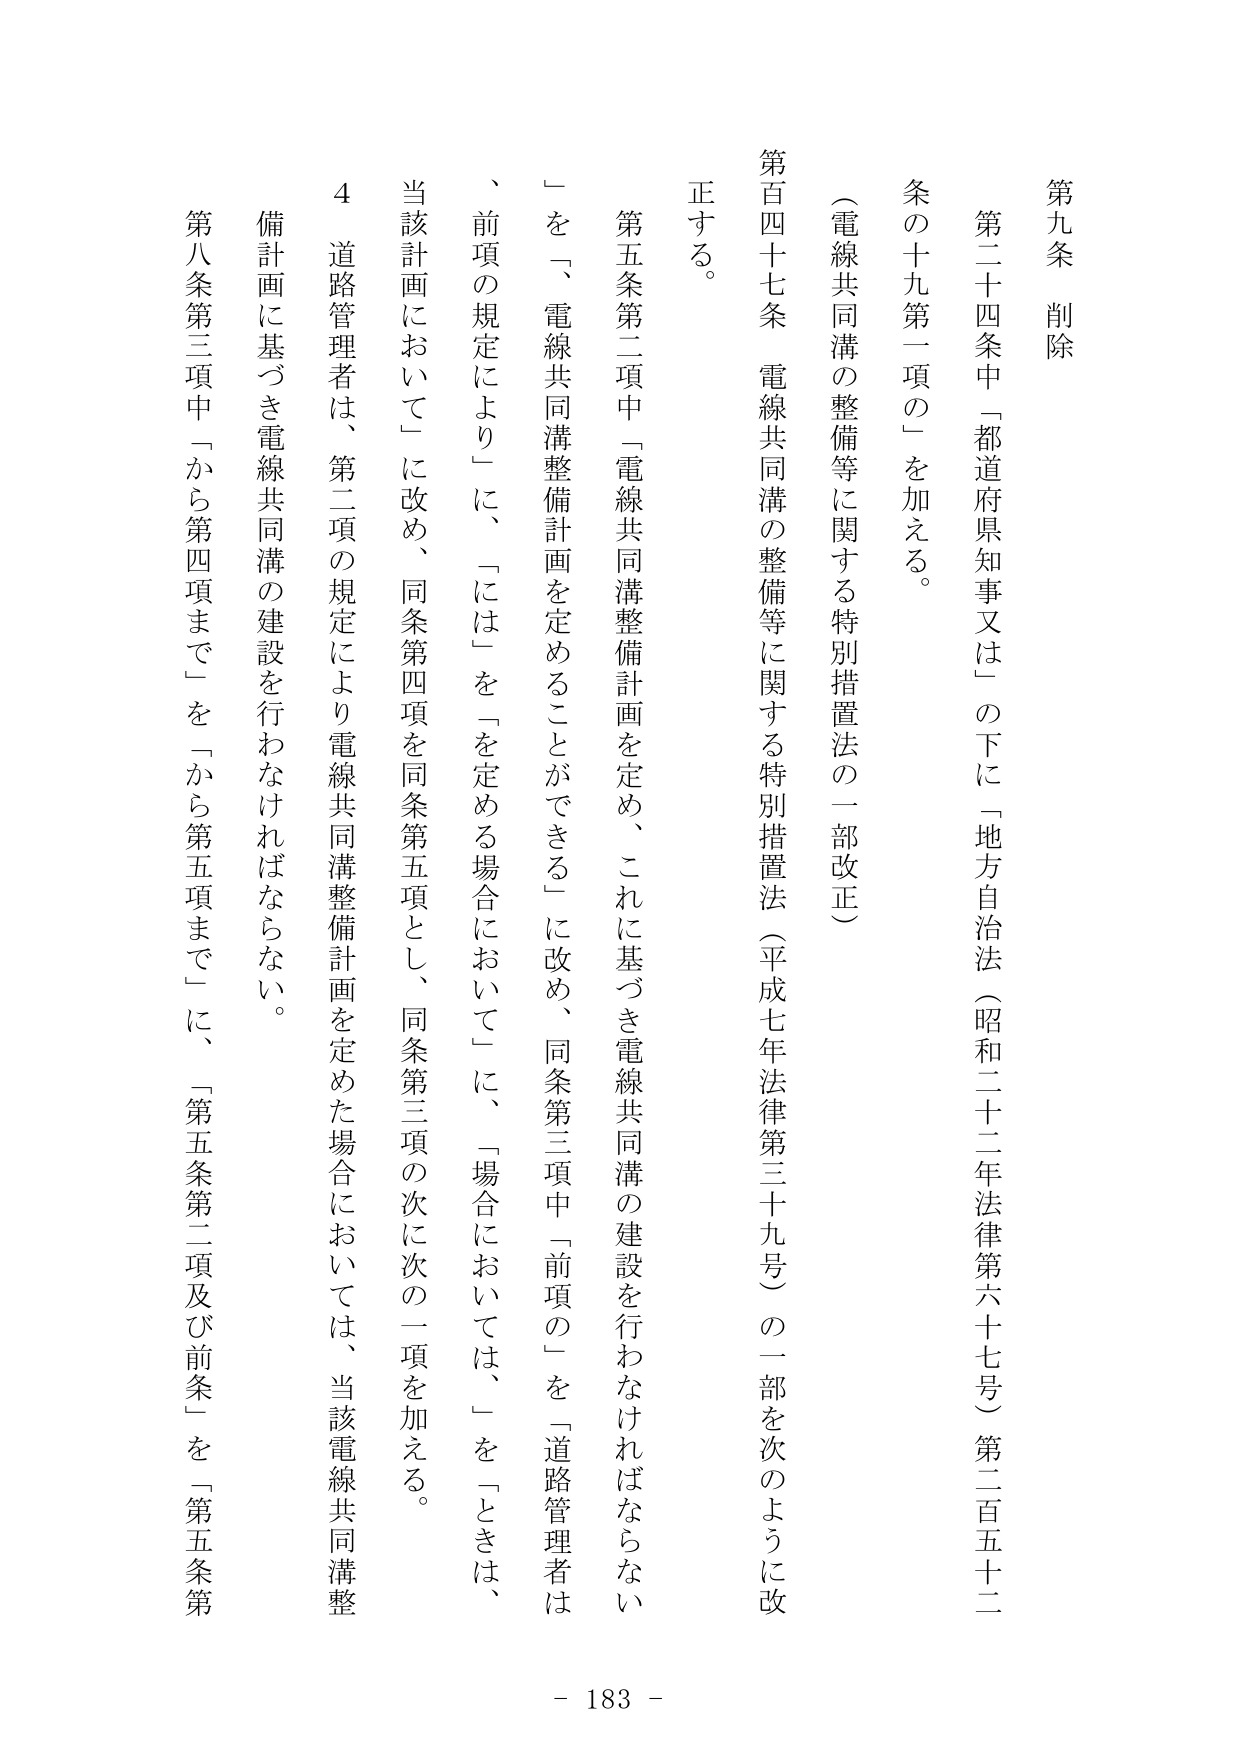
第九条 削除

第二十四条中「都道府県知事又は」の下に「地方自治法（昭和二十二年法律第六十七号）第二百五十二条の十九第一項の」を加える。

（電線共同溝の整備等に関する特別措置法の一部改正）

第百四十七条 電線共同溝の整備等に関する特別措置法（平成七年法律第三十九号）の一部を次のように改正する。

第五条第二項中「電線共同溝整備計画を定め、これに基づき電線共同溝の建設を行わなければならない」を「電線共同溝整備計画を定めることができる」に改め、同条第三項中「前項の」を「道路管理者は、前項の規定により」に、「には」を「を定める場合において」に、「場合においては、」を「ときは、当該計画において」に改め、同条第四項を同条第五項とし、同条第三項の次に次の一項を加える。

４ 道路管理者は、第二項の規定により電線共同溝整備計画を定めた場合においては、当該電線共同溝整備計画に基づき電線共同溝の建設を行わなければならない。

第八条第三項中「から第四項まで」を「から第五項まで」に、「第五条第二項及び前条」を「第五条第

- 183 -